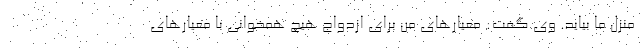
منزل ما بیاید. وی گفت: معیارهای من برای ازدواج هیچ همخوانی با معیارهای